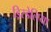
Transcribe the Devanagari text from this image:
ड्रिस्डेलिया